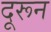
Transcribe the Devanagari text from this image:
दूरून